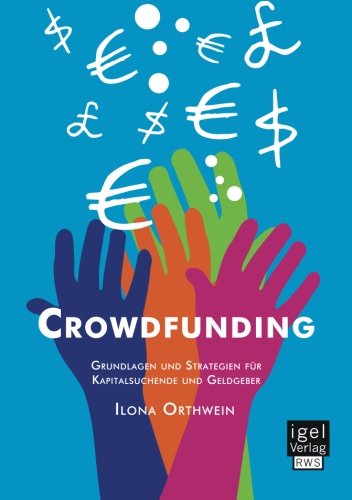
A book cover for Crowdfunding: Grundlagen und Strategien fÃ¼r Kapitalsuchende und Geldgeber (German Edition); Ilona Orthwein; Business & Money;